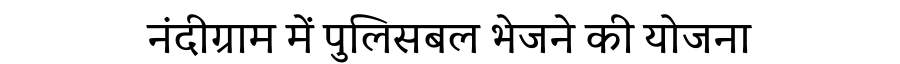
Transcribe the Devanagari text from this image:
नंदीग्राम में पुलिसबल भेजने की योजना